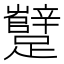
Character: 𰸷